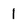
Character: 1